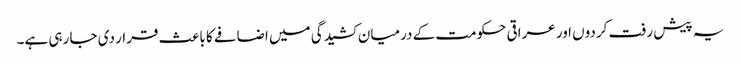
یہ پیش رفت کردوں اور عراقی حکومت کے درمیان کشیدگی میں اضافے کا باعث قرار دی جا رہی ہے۔